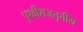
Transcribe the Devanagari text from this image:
पृथ्वीराजतृतीय